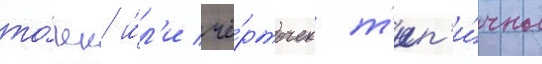
то́чек и́л'и чё́рточек т'ип'и́чны